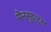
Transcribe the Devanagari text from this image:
मैनसुएटस